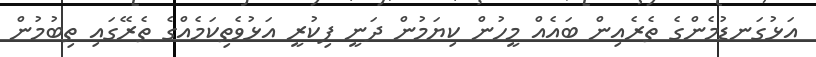
އަޅުގަނޑުމެންގެ ތެރެއިން ބައެއް މީހުން ކިޔަމުން ދަނީ ފިކުރީ އަޅުވެތިކަމެއްގެ ތެރޭގައި ތިބުމުން